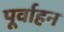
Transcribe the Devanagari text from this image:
पूर्वाहन